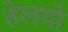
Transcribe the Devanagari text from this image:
हेलयो